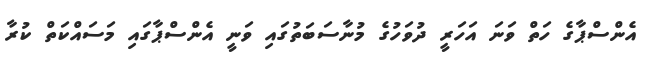
އެންސްޕާގެ ހަތް ވަނަ އަހަރީ ދުވަހުގެ މުނާސަބަތުގައި ވަނީ އެންސްޕާގައި މަސައްކަތް ކުރާ